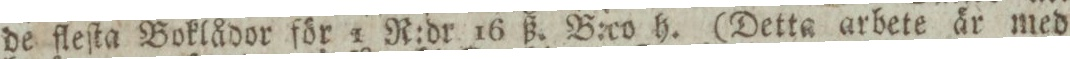
de fleſta Boklådor för 1 R:dr 16 ß. B:co h. (Detta arbete är med